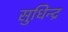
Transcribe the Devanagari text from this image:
सुधिन्द्र